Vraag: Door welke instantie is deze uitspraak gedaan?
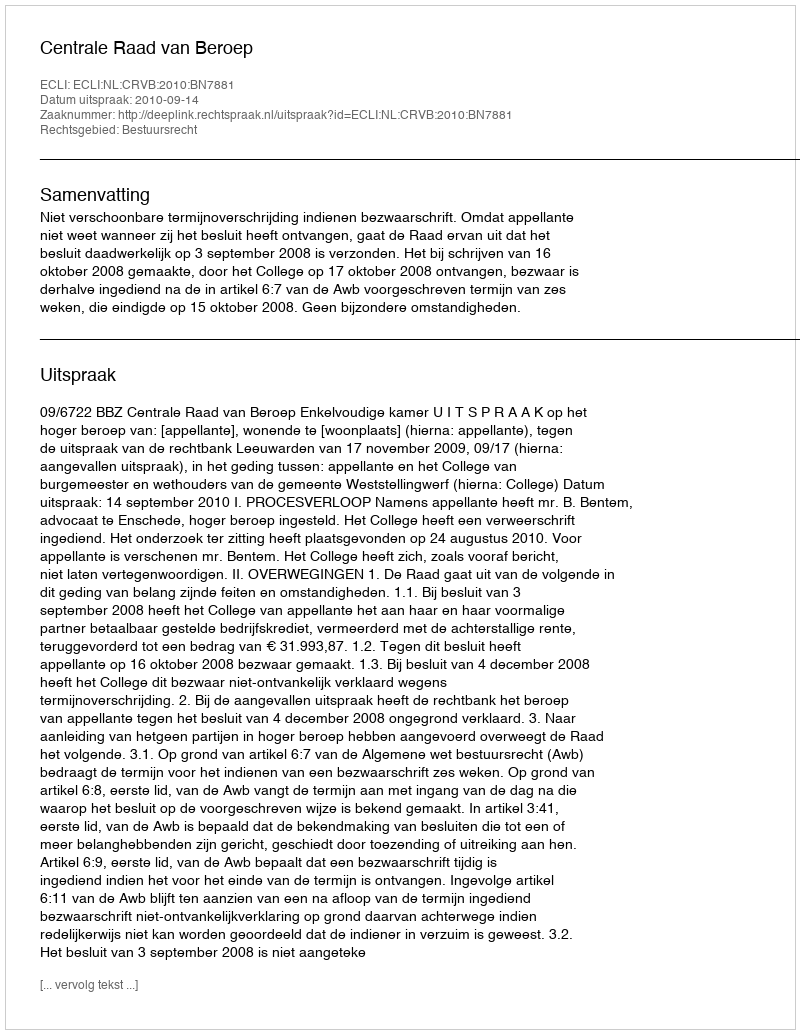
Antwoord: Centrale Raad van Beroep